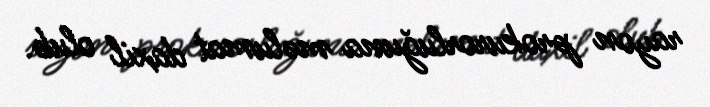
rayon prokurorluğuna məlumat daxil olub.